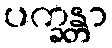
ပက္ခန္တာ